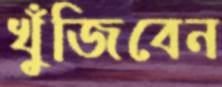
খুঁজিবেন